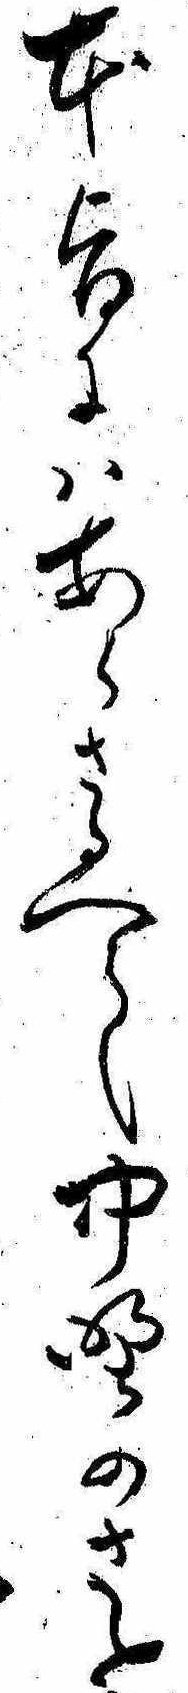
本旨にはあらさるへし中野のさと